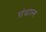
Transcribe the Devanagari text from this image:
ग्रंथाल